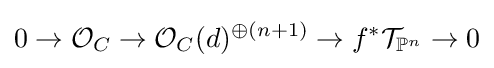
0\to {\mathcal {O}}_{C}\to {\mathcal {O}}_{C}(d)^{\oplus (n+1)}\to f^{*}{\mathcal {T}}_{\mathbb {P} ^{n}}\to 0